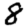
Digit: 8